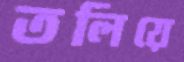
তলিয়ে